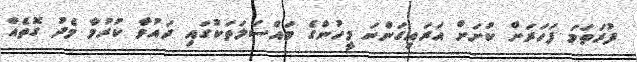
ފުރަތަމަ ފަހަރަށް ކުށަށް އަރައިގަންނަ މީހުންގެ މައްސަލަތަކުގައި ދައުވާ ކުރުމާ މެދު ގޮތެއް